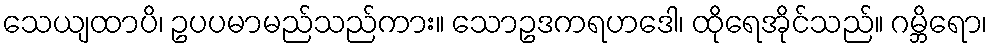
သေယျထာပိ၊ ဥပပမာမည်သည်ကား။ သောဥဒကရဟဒေါ၊ ထိုရေအိုင်သည်။ ဂမ္ဘိရော၊